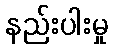
နည်းပါးမှု